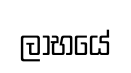
ලාභයේ